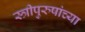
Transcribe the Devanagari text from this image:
स्त्रीपुरुषांच्या